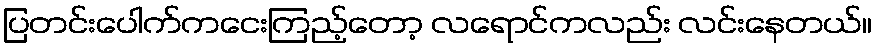
ပြတင်းပေါက်ကငေးကြည့်တော့ လရောင်ကလည်း လင်းနေတယ်။